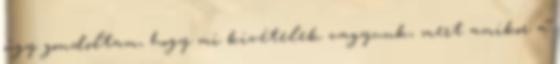
úgy gondoltam, hogy mi kivételek vagyunk, mert amikor a